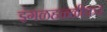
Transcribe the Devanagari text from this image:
इंगळहळ्ळीकर